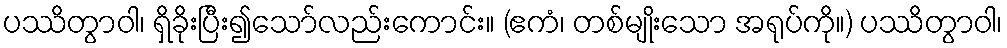
ပဿိတွာဝါ၊ ရှိခိုးပြီး၍သော်လည်းကောင်း။ (ဧကံ၊ တစ်မျိုးသော အရုပ်ကို။) ပဿိတွာဝါ၊